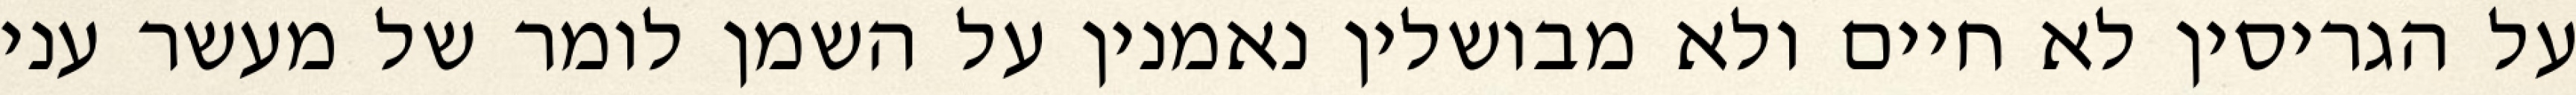
על הגריסין לא חיים ולא מבושלין נאמנין על השמן לומר של מעשר עני